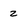
Character: 2